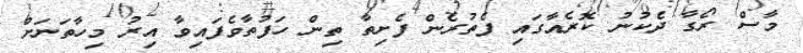
މާސް ރޯގާ ދެކުނު ކޮރެއާގައި ފެތުރެން ފެށިތާ ތިން ހަފުތާވެފައިވާ އިރު މިހާތަނަށް